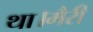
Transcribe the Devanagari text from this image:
था।मैरी